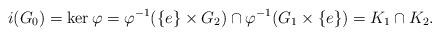
LaTeX: \begin{align*} i(G_0)=\ker \varphi=\varphi^{-1}(\{e\}\times G_2)\cap\varphi^{-1}(G_1\times\{e\})=K_1\cap K_2. \end{align*}